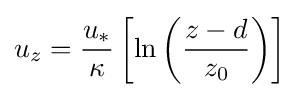
u_{z}={\frac {u_{*}}{\kappa }}\left[\ln \left({\frac {z-d}{z_{0}}}\right)\right]